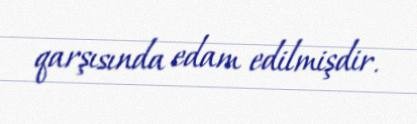
qarşısında edam edilmişdir.